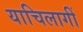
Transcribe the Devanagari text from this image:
याचिलागीं